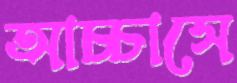
আচ্চাসে